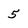
Character: 5